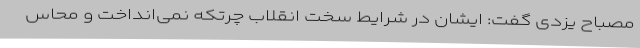
مصباح یزدی گفت: ایشان در شرایط سخت انقلاب چرتکه نمی‌انداخت و محاس